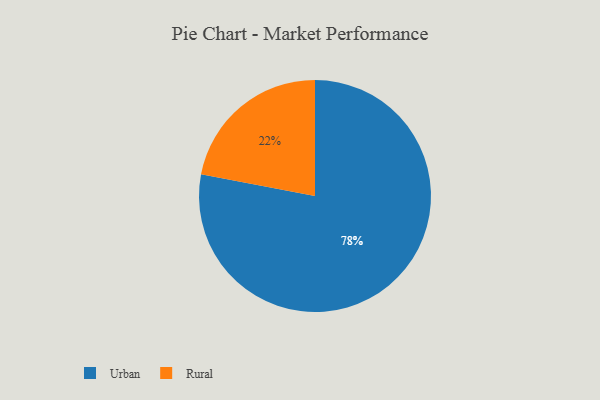
{"axis": {"x": "Category", "y": "Percentage"}, "legend": ["Rural", "Urban"], "data": [{"x": "Rural", "y": 22, "type": "Rural"}, {"x": "Urban", "y": 78, "type": "Urban"}]}